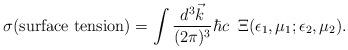
LaTeX: \begin{align*}\sigma({\rm surface~tension}) = \int {d^3 \vec k\over(2\pi)^3} \hbar c \; \;\Xi(\epsilon_1,\mu_1;\epsilon_2,\mu_2).\end{align*}